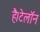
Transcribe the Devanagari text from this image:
है।टेलॉन